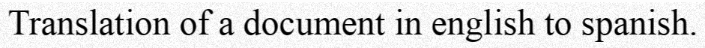
Translation of a document in english to spanish.